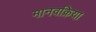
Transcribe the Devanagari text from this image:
मानवक्रिया